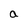
Character: a